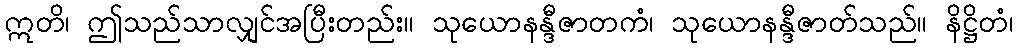
ဣတိ၊ ဤသည်သာလျှင်အပြီးတည်း။ သုယောနန္ဒီဇာတကံ၊ သုယောနန္ဒီဇာတ်သည်။ နိဋ္ဌိတံ၊